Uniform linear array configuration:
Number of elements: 12
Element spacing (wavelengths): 0.75
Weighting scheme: uniform
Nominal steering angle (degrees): -45
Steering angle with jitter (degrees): -45.256
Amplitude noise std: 0.05
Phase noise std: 0.05

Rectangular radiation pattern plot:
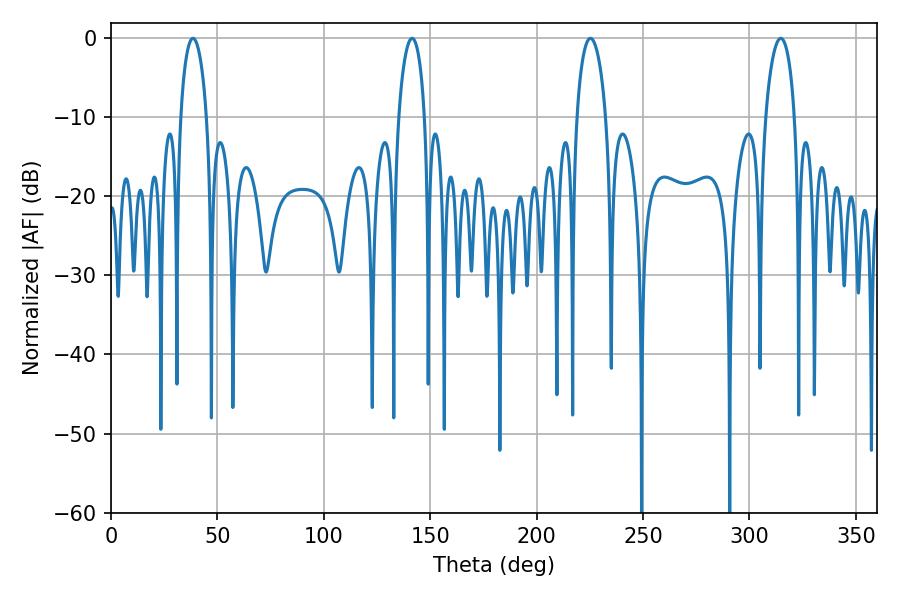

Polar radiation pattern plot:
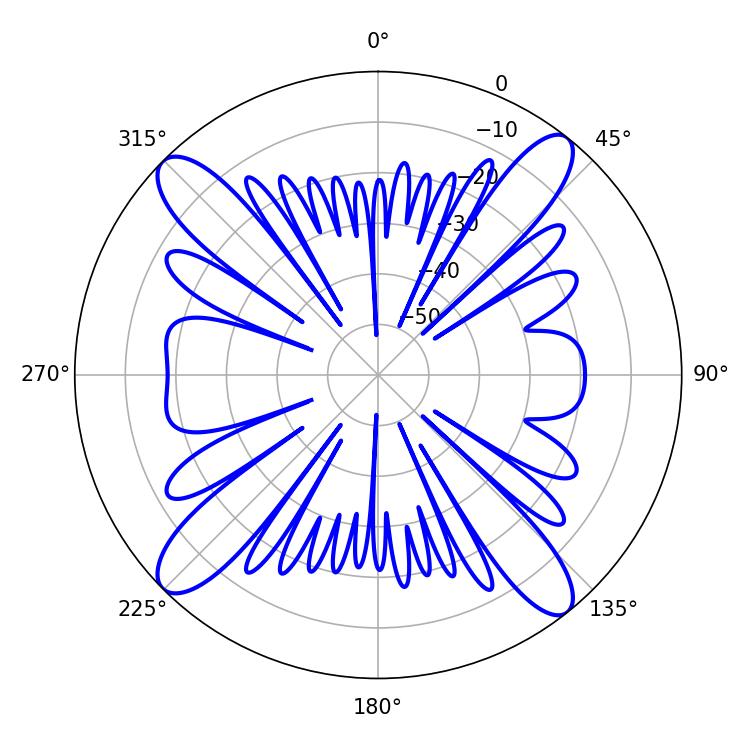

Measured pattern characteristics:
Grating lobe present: TRUE
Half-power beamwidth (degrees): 7.02
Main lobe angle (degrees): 38.52